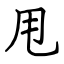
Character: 甩